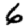
Digit: 6